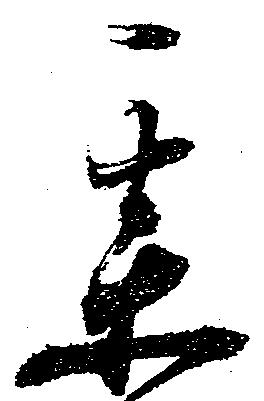
某